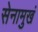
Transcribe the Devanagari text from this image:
सेनामुखं